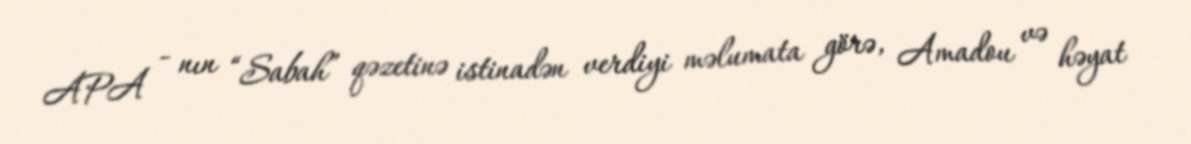
APA - nın “Sabah” qəzetinə istinadən verdiyi məlumata görə, Amadou və həyat